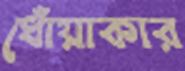
ধোঁয়াকার